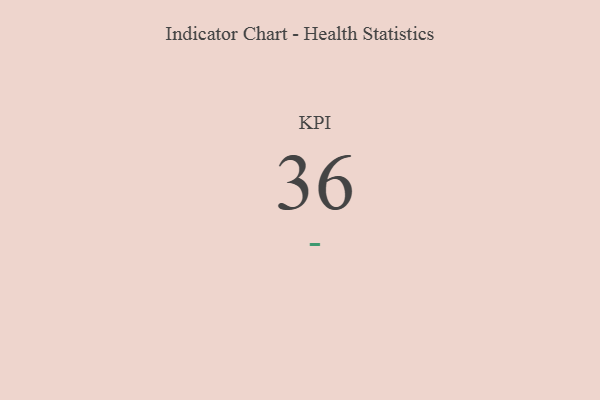
{"axis": {"x": "KPI", "y": "Value"}, "legend": [""], "data": [{"x": "KPI", "y": 36, "type": ""}]}